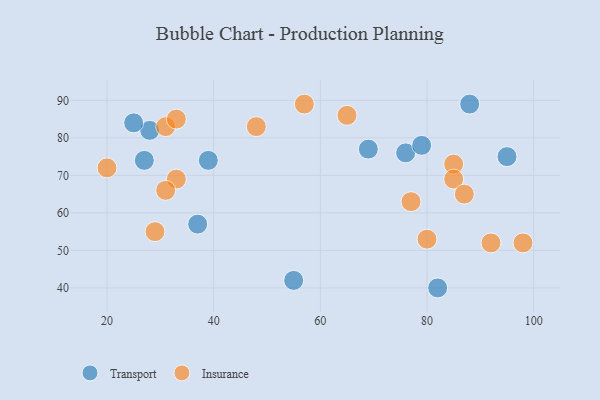
{"axis": {"x": "GDP", "y": "Life Expectancy"}, "legend": ["Insurance", "Transport"], "data": [{"x": "88", "y": 89, "type": "Transport"}, {"x": "82", "y": 40, "type": "Transport"}, {"x": "28", "y": 82, "type": "Transport"}, {"x": "76", "y": 76, "type": "Transport"}, {"x": "37", "y": 57, "type": "Transport"}, {"x": "55", "y": 42, "type": "Transport"}, {"x": "39", "y": 74, "type": "Transport"}, {"x": "95", "y": 75, "type": "Transport"}, {"x": "79", "y": 78, "type": "Transport"}, {"x": "69", "y": 77, "type": "Transport"}, {"x": "27", "y": 74, "type": "Transport"}, {"x": "25", "y": 84, "type": "Transport"}, {"x": "33", "y": 69, "type": "Insurance"}, {"x": "85", "y": 73, "type": "Insurance"}, {"x": "31", "y": 83, "type": "Insurance"}, {"x": "98", "y": 52, "type": "Insurance"}, {"x": "29", "y": 55, "type": "Insurance"}, {"x": "57", "y": 89, "type": "Insurance"}, {"x": "33", "y": 85, "type": "Insurance"}, {"x": "65", "y": 86, "type": "Insurance"}, {"x": "20", "y": 72, "type": "Insurance"}, {"x": "80", "y": 53, "type": "Insurance"}, {"x": "85", "y": 69, "type": "Insurance"}, {"x": "77", "y": 63, "type": "Insurance"}, {"x": "31", "y": 66, "type": "Insurance"}, {"x": "92", "y": 52, "type": "Insurance"}, {"x": "87", "y": 65, "type": "Insurance"}, {"x": "48", "y": 83, "type": "Insurance"}]}